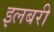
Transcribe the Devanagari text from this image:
इलबरी